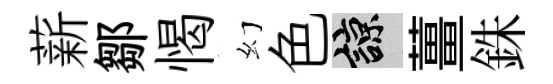
薪鄒愒幻色諒薑銖